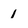
Character: 1